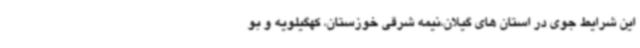
این شرایط جوی در استان های گیلان،نیمه شرقی خوزستان، کهگیلویه و بو